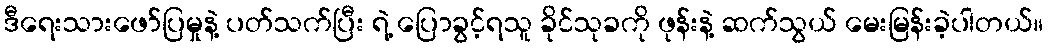
ဒီရေးသားဖော်ပြမှုနဲ့ ပတ်သက်ပြီး ရဲ့ ပြောခွင့်ရသူ ခိုင်သုခကို ဖုန်းနဲ့ ဆက်သွယ် မေးမြန်းခဲ့ပါတယ်။